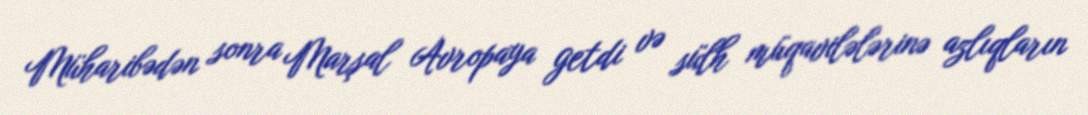
Müharibədən sonra Marşal Avropaya getdi və sülh müqavilələrinə azlıqların